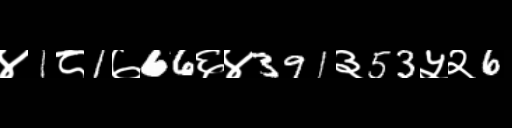
Text: ४1८1७66६४391३53५२6